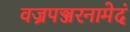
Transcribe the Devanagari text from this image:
वज्रपञ्जरनामेदं